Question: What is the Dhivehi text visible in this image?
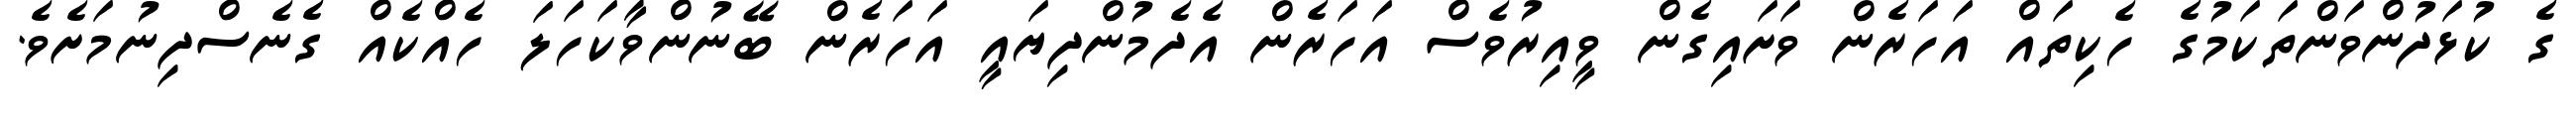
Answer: ގެ ކުޅަދުންވަންތަކަމުގެ ހެކިތައް އަހަރެން ވަށައިގެން ވީއިރުވެސް އަހަރެން އެދެމުންދިޔައީ އަހަރެން ބޭނުންވާކަހަލަ ހެއްކެއް ގެނެސްދިނުމަށެވެ.